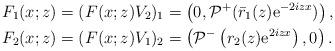
LaTeX: \begin{align*}&F_1(x ; z)=(F(x ; z)V_2)_1=\left(0, \mathcal{P}^{+}(\bar{r}_1(z) \mathrm{e}^{-2 i z x})\right),\\&F_2(x ; z)=(F(x ; z)V_1)_2=\left(\mathcal{P}^{-}\left(r_2(z) \mathrm{e}^{2 i z x}\right), 0\right).\end{align*}